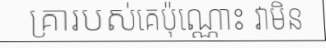
គ្រារបស់គេប៉ុណ្ណោះ វាមិន